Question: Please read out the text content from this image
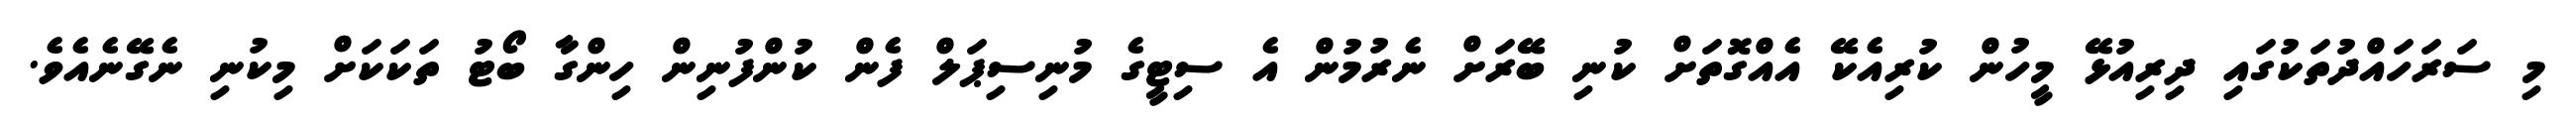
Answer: މި ސަރަހައްދުތަކުގައި ދިރިއުޅޭ މީހުން ކުރިއެކޭ އެއްގޮތަށް ކުނި ބޭރަށް ނެރުމުން އެ ސިޓީގެ މުނިސިޕަލް ފެން ކުންފުނިން ހިންގާ ބޯޓު ތަކަކަށް މިކުނި ނެގޭނެއެވެ.